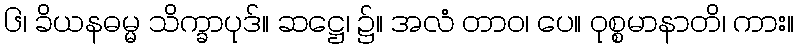
၆၊ ခိယနဓမ္မ သိက္ခာပုဒ်။ ဆဋ္ဌေ၊ ၌။ အလံ တာဝ၊ ပေ။ ဝုစ္စမာနာတိ၊ ကား။